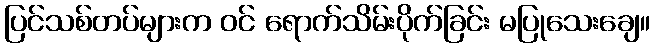
ပြင်သစ်တပ်များက ဝင် ရောက်သိမ်းပိုက်ခြင်း မပြုသေးချေ။